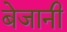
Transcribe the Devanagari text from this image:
बेजानी